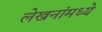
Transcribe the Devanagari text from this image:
लेखनांमध्ये